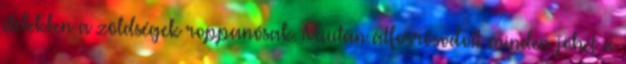
ételekben a zöldségek roppanósak. Miután átforrósodott minden jöhet a